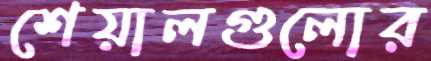
শেয়ালগুলোর